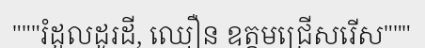
"""រំដួលដូរដី, ឈឿន ឧត្តមជ្រើសរើស"""